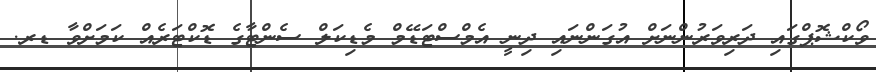
ވޯކްޝޮޕްގައި ދަރިވަރުންނަށް އުގަންނައި ދިނީ އެމްސްޓަޑޭމް މެޑިކަލް ސެންޓާގެ ޑޮކްޓަރެއް ކަމަށްވާ ޑރ.